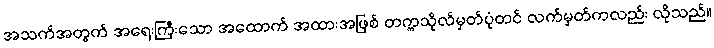
အသက်အတွက် အရေးကြီးသော အထောက် အထားအဖြစ် တက္ကသိုလ်မှတ်ပုံတင် လက်မှတ်ကလည်း လိုသည်။